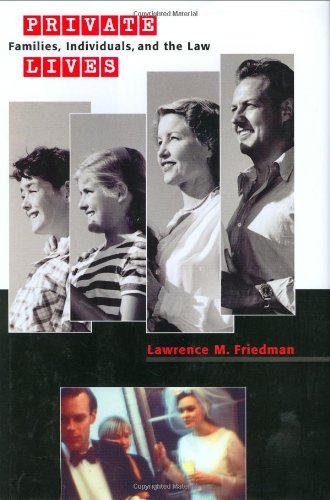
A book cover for Private Lives: Families, Individuals, and the Law; Lawrence M. Friedman; Law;